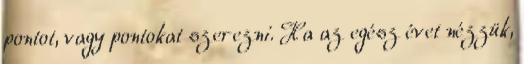
pontot, vagy pontokat szerezni. Ha az egész évet nézzük,